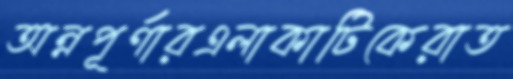
অন্নপূর্ণারএলাকাটিকেরাত